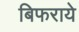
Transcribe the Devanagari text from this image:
बिफराये